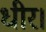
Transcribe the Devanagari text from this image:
धीर।